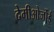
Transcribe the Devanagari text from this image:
देमीओर्जोई